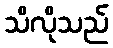
သိလိုသည်